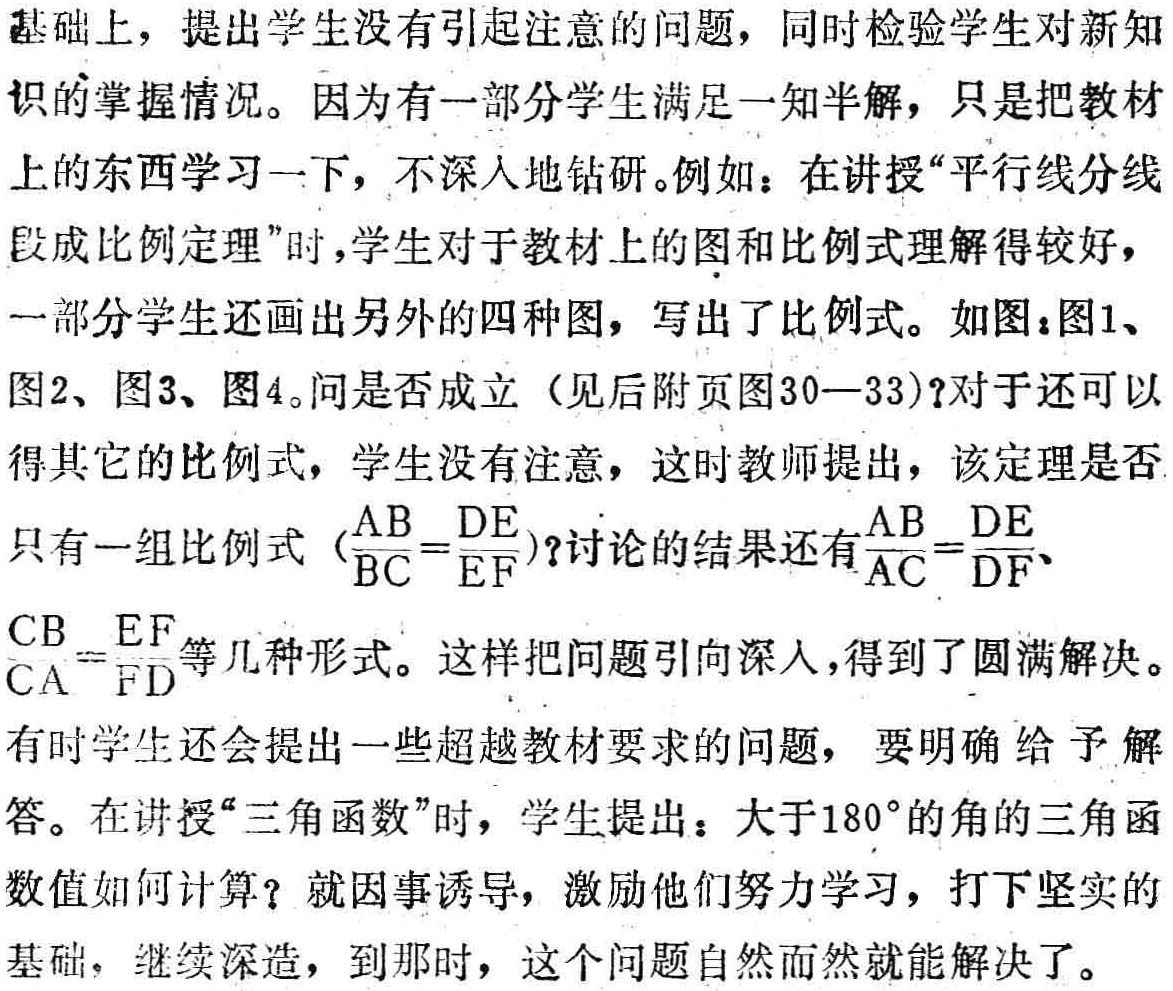
基础上，提出学生没有引起注意的问题，同时检验学生对新知识的掌握情况。因为有一部分学生满足一知半解，只是把教材上的东西学习一下，不深入地钻研。例如：在讲授“平行线分线段成比例定理”时，学生对于教材上的图和比例式理解得较好，一部分学生还画出另外的四种图，写出了比例式。如图：图1、图2、图3、图4。问是否成立（见后附页图30—33）?对于还可以得其它的比例式，学生没有注意，这时教师提出，该定理是否只有一组比例式 \((\frac{AB}{BC}=\frac{DE}{EF})\)?讨论的结果还有\(\frac{AB}{AC}=\frac{DE}{DF}\)、\(\frac{CB}{CA}=\frac{EF}{FD}\)等几种形式。这样把问题引向深入，得到了圆满解决。
有时学生还会提出一些超越教材要求的问题，要明确给予解答。在讲授“三角函数”时，学生提出：大于\(180^{\circ}\)的角的三角函数值如何计算？就因事诱导，激励他们努力学习，打下坚实的基础，继续深造，到那时，这个问题自然而然就能解决了。